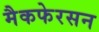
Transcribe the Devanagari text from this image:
मैकफेरसन